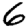
Digit: 6